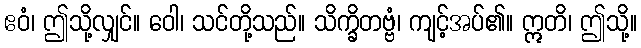
ဧဝံ၊ ဤသို့လျှင်။ ဝေါ၊ သင်တို့သည်။ သိက္ခိတဗ္ဗံ၊ ကျင့်အပ်၏။ ဣတိ၊ ဤသို့။